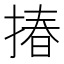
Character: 𢰦